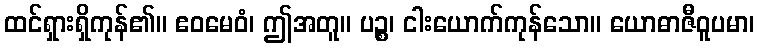
ထင်ရှားရှိကုန်၏။ ဧဝမေဝံ၊ ဤအတူ။ ပဉ္စ၊ ငါးယောက်ကုန်သော။ ယောဓာဇီဝူပမာ၊